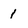
Character: 1